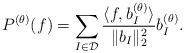
LaTeX: \begin{align*} P^{(\theta)}(f) = \sum_{I\in\mathcal{D}} \frac{\langle f, b_I^{(\theta)}\rangle}{\|b_I\|_2^2} b_I^{(\theta)}. \end{align*}